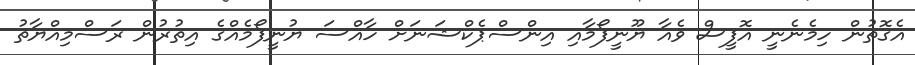
އެގޮތުން ހިމެނެނީ އޮފީސް ވެއާ ޔޫނީފޯމާއި އިންސްޕެކްޝަނަށް ހާއްސަ ޔުނީފޯމެއްގެ އިތުރުން ރަސްމިއްޔާތު